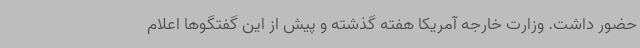
حضور داشت. وزارت خارجه آمریکا هفته گذشته و پیش از این گفتگوها اعلام